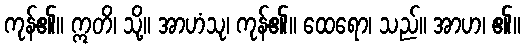
ကုန်၏။ ဣတိ၊ သို့။ အာဟံသု၊ ကုန်၏။ ထေရော၊ သည်။ အာဟ၊ ၏။